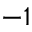
- 1